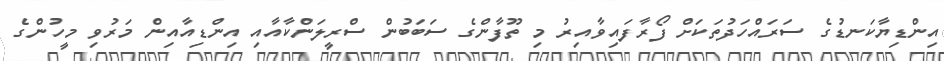
އިންޑިޔާކަނޑުގެ ސަރައްހަދުތަކަށް ފޯރާފައިވާއިރު މި ތޫފާންގެ ސަބަބުން ސްރީލަންކާއާއި އިންޑިއާއިން މަރުވި މީހުންގެ